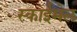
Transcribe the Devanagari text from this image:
स्काईमेल